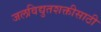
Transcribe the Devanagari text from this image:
जलविद्युतशक्तीसाठी